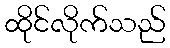
ထိုင်လိုက်သည်